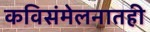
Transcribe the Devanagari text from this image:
कविसंमेलनातही